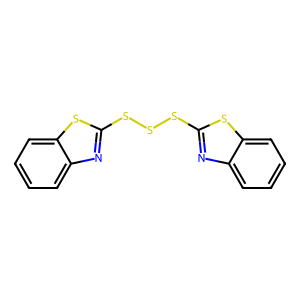
SMILES: c1ccc2sc(SSSc3nc4ccccc4s3)nc2c1
Inhibits HIV replication: Yes